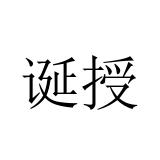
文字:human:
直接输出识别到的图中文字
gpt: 诞授